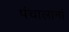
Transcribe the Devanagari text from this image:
पंचालानां